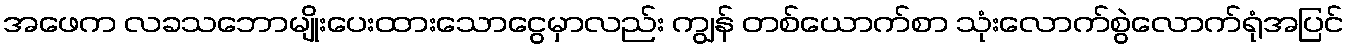
အဖေက လခသဘောမျိုးပေးထားသောငွေမှာလည်း ကျွန် တစ်ယောက်စာ သုံးလောက်စွဲလောက်ရုံအပြင်